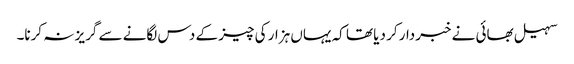
سہیل بھائی نے خبردار کر دیا تھا کہ یہاں ہزار کی چیز کے دس لگانے سے گریز نہ کرنا۔